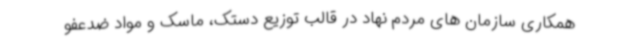
همکاری سازمان های مردم نهاد در قالب توزیع دستک، ماسک و مواد ضدعفو